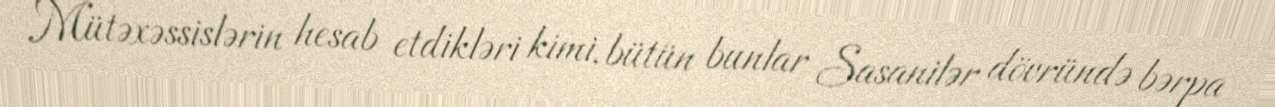
Mütəxəssislərin hesab etdikləri kimi, bütün bunlar Sasanilər dövründə bərpa